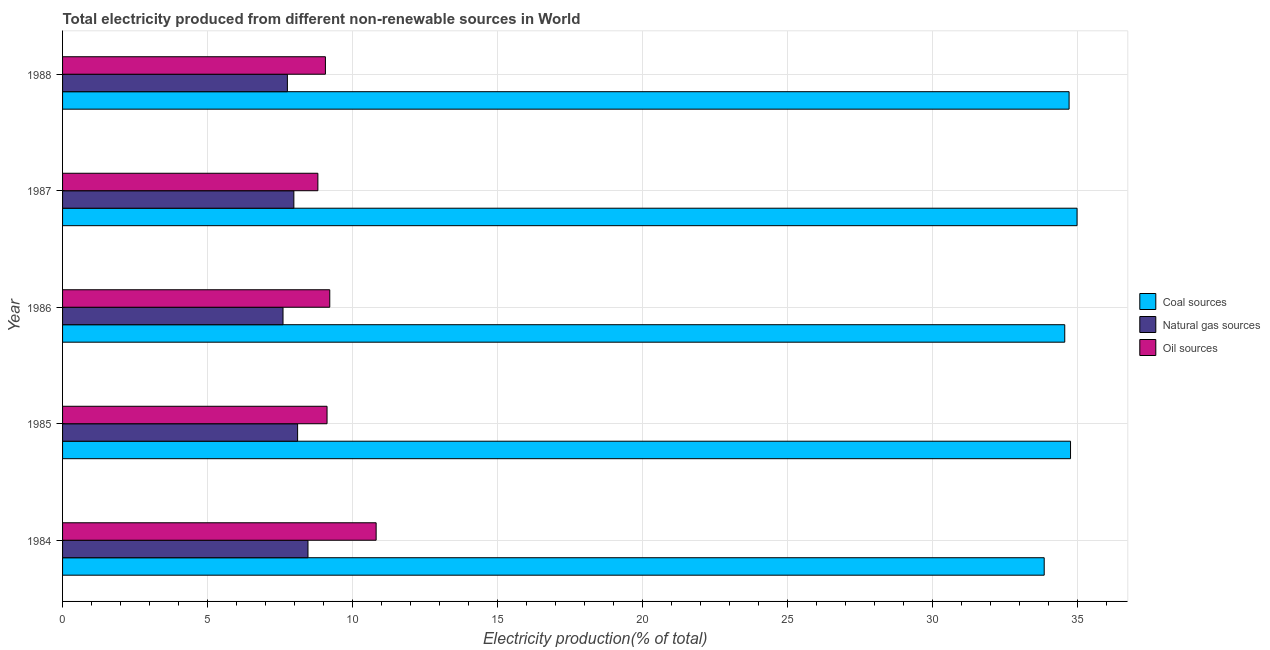
| Year | Coal sources | Natural gas sources | Oil sources |
 | --- | --- | --- | --- |
 | 1984 | 33.9 | 8.46 | 10.8 |
 | 1985 | 34.8 | 8.11 | 9.12 |
 | 1986 | 34.6 | 7.6 | 9.21 |
 | 1987 | 35 | 7.98 | 8.8 |
 | 1988 | 34.7 | 7.75 | 9.06 |